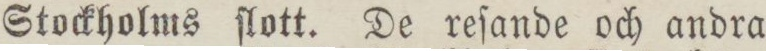
Stockholms ſlott. De reſande och andra